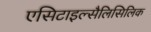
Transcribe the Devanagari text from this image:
एसिटाइल्सैलिसिलिक